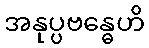
အနုပ္ပဗန္ဓေဟိ